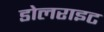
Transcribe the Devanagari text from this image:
डोलराइट